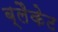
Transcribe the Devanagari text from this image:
ब्लैकेट